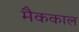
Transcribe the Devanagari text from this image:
मैककाल